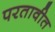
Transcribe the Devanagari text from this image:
परतावीत